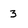
Character: 3